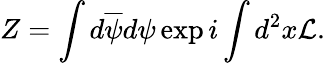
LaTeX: Z=\int d\overline{{{\psi}}}d\psi\exp i\int d^{2}x{\cal L}.